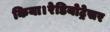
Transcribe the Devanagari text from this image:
किया।रेडियोट्रेसर